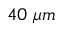
4 0 \ \mu m